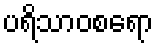
ပရိသာဝစရော